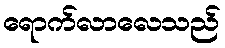
ရောက်လာလေသည်